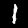
Digit: 1